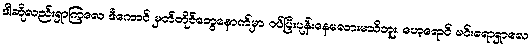
ဒါဆိုလည်းရှာကြလေ ဒီကောင် မှတ်တိုင်တွေနောက်မှာ ဝပ်ပြီးပုန်းနေမလားမသိဘူး၊ ဟေ့ရောင် မင်းရောရှာလေ